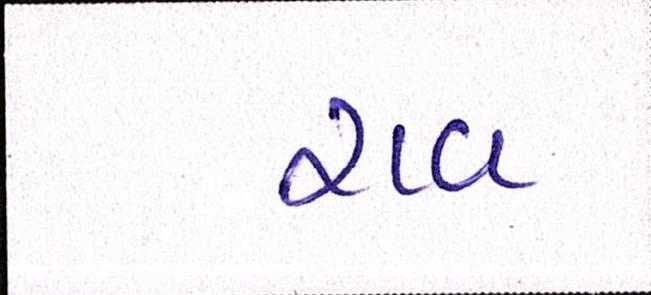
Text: રાવ